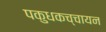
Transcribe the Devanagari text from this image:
पकुधकच्चायन